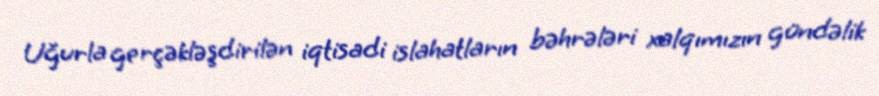
Uğurla gerçəkləşdirilən iqtisadi islahatların bəhrələri xalqımızın gündəlik